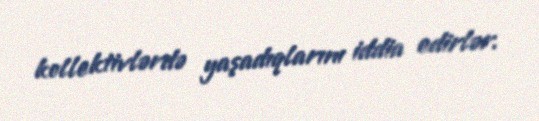
kollektivlərdə yaşadıqlarını iddia edirlər.